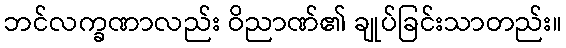
ဘင်လက္ခဏာလည်း ဝိညာဏ်၏ ချုပ်ခြင်းသာတည်း။